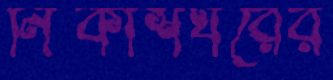
নিকাশঘরের